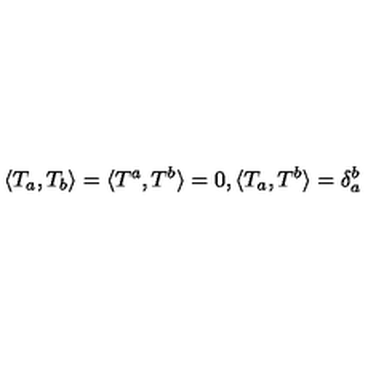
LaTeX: \langle T _ { a } , T _ { b } \rangle = \langle T ^ { a } , T ^ { b } \rangle = 0 , \langle T _ { a } , T ^ { b } \rangle = \delta _ { a } ^ { b }